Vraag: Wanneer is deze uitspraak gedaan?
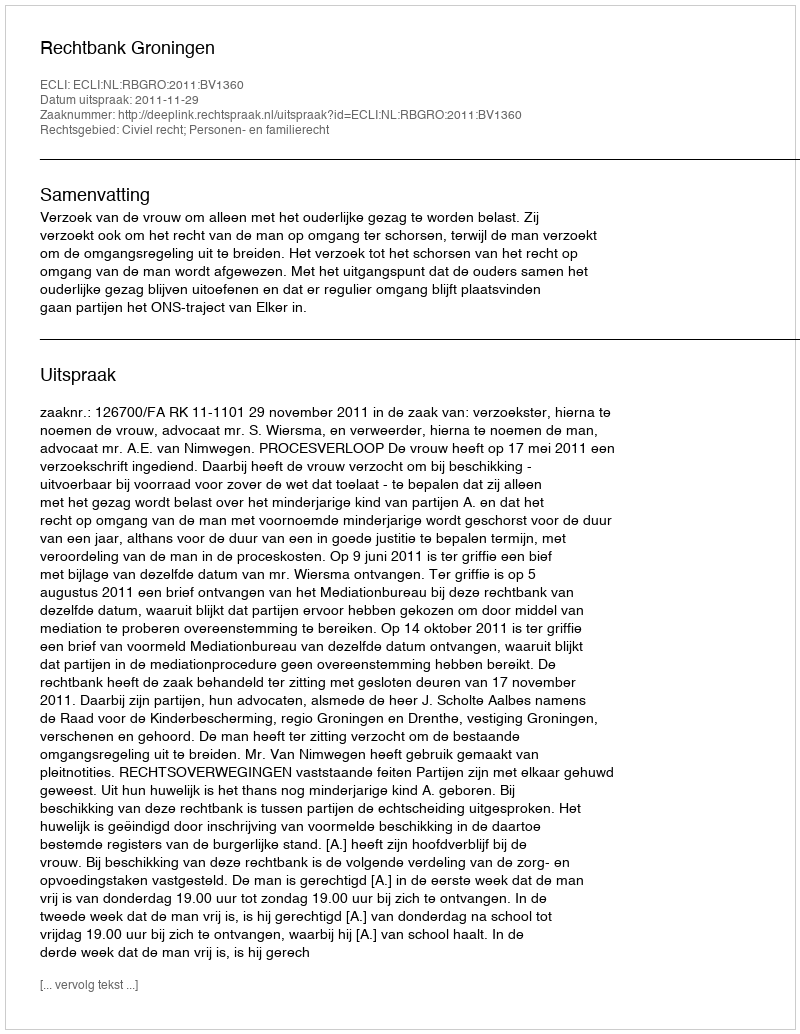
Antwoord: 2011-11-29